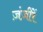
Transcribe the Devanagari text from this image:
ज़ंज़ीरें